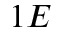
1 E